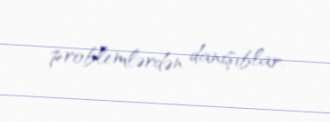
problemlərdən danışıblar.